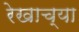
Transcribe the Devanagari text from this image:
रेखाच्या